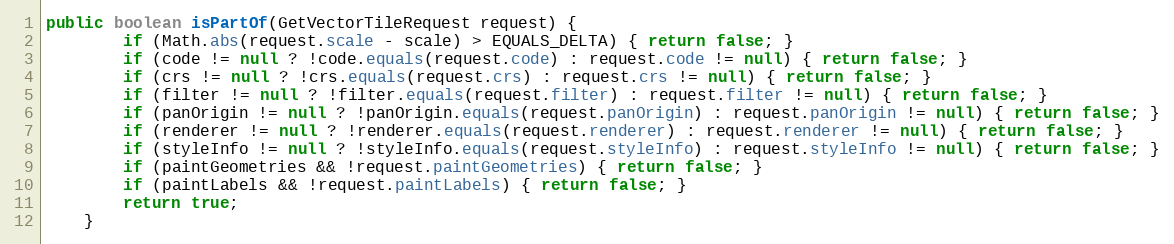
Language: Java
public boolean isPartOf(GetVectorTileRequest request) {
		if (Math.abs(request.scale - scale) > EQUALS_DELTA) { return false; }
		if (code != null ? !code.equals(request.code) : request.code != null) { return false; }
		if (crs != null ? !crs.equals(request.crs) : request.crs != null) { return false; }
		if (filter != null ? !filter.equals(request.filter) : request.filter != null) { return false; }
		if (panOrigin != null ? !panOrigin.equals(request.panOrigin) : request.panOrigin != null) { return false; }
		if (renderer != null ? !renderer.equals(request.renderer) : request.renderer != null) { return false; }
		if (styleInfo != null ? !styleInfo.equals(request.styleInfo) : request.styleInfo != null) { return false; }
		if (paintGeometries && !request.paintGeometries) { return false; }
		if (paintLabels && !request.paintLabels) { return false; }
		return true;
	}